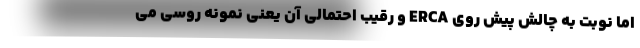
اما نوبت به چالش پیش روی ERCA و رقیب احتمالی آن یعنی نمونه روسی می